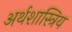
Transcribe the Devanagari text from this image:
अर्थशास्त्रिय